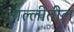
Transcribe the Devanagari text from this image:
गल्लीतील